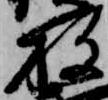
放